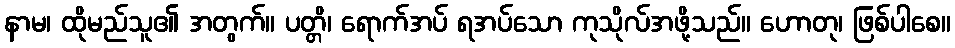
နာမ၊ ထိုမည်သူ၏ အတွက်။ ပတ္တိ၊ ရောက်အပ် ရအပ်သော ကုသိုလ်အဖို့သည်။ ဟောတု၊ ဖြစ်ပါစေ။